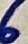
Text: 6